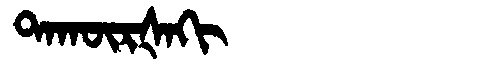
Manchu: ᡨᠠᡴᡡᡵᡧᠠᡴᡳ
Romanization: TAKŪRŠAKI